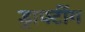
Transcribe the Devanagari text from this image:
ड्राफ्टींग